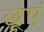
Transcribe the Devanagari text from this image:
छूएं